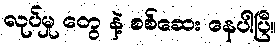
လုပ်မှု တွေ နဲ့ စစ်ဆေး နေပါပြီ။